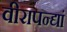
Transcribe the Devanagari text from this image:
वीरापन्द्यां